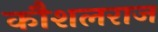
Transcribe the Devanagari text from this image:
कौशलराज